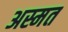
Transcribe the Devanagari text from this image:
अस्मत